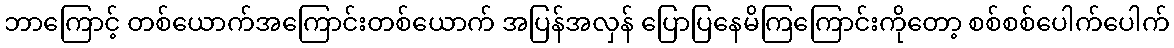
ဘာကြောင့် တစ်ယောက်အကြောင်းတစ်ယောက် အပြန်အလှန် ပြောပြနေမိကြကြောင်းကိုတော့ စစ်စစ်ပေါက်ပေါက်